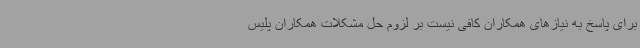
برای پاسخ به نیازهای همکاران کافی نیست بر لزوم حل مشکلات همکاران پلیس